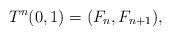
LaTeX: \begin{align*}T^n(0,1)=(F_n,F_{n+1}), \end{align*}